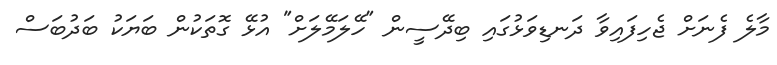
މާލެ ފެނަށް ޖެހިފައިވާ ދަނޑިވަޅުގައި ބިދޭސީން "ހޭލަމޭލަށް" އުޅޭ ގޮތަކުން ބަޔަކު ބަދުބަސް